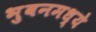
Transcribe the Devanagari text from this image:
भुवनमध्ये